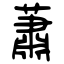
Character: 蕭